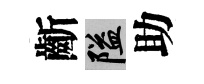
齗隘助